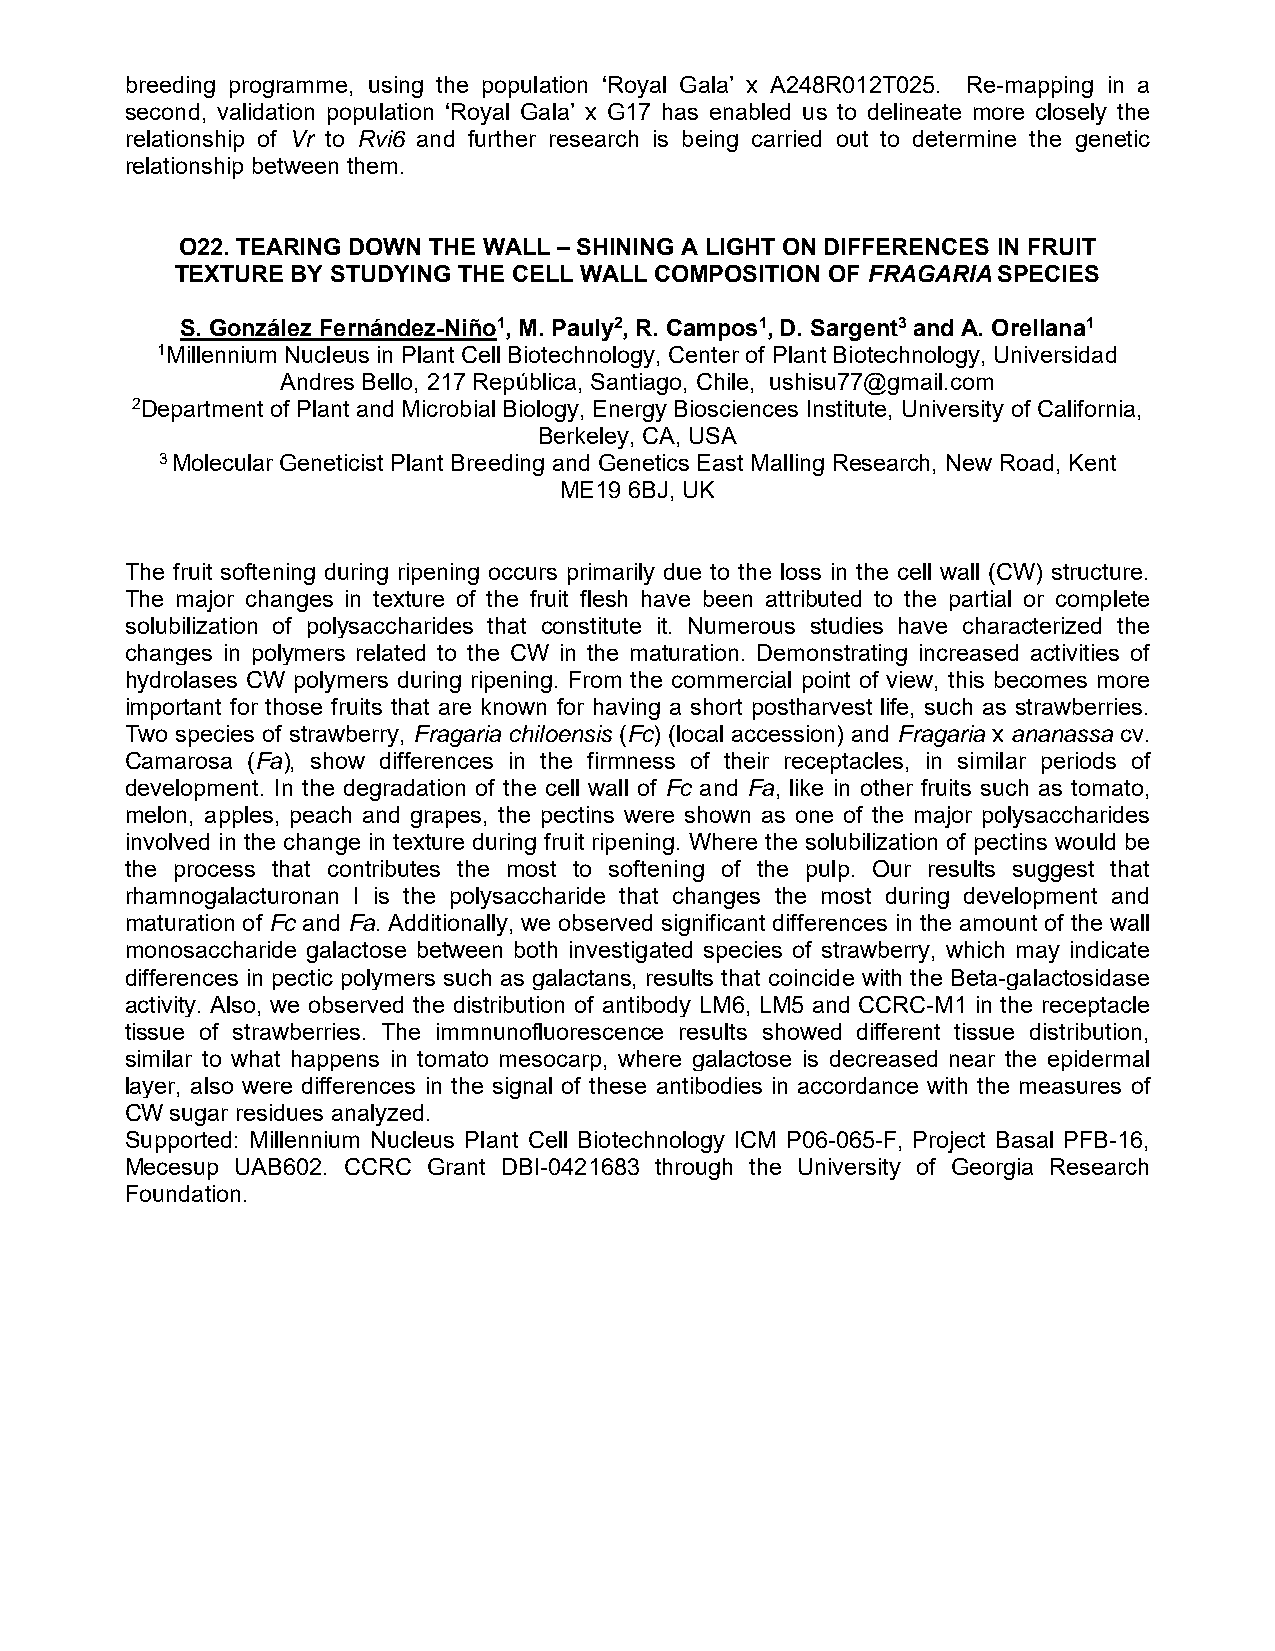
breeding programme, using the population ‘Royal Gala’ x A248R012T025. Re-mapping in a
 second, validation population ‘Royal Gala’ x G17 has enabled us to delineate more closely the
 relationship of Vr to Rvi6 and further research is being carried out to determine the genetic
 relationship between them.
 O22. TEARING DOWN THE WALL – SHINING A LIGHT ON DIFFERENCES IN FRUIT
 TEXTURE BY STUDYING THE CELL WALL COMPOSITION OF FRAGARIA SPECIES
 S. González Fernández-Niño1, M. Pauly2, R. Campos1, D. Sargent3 and A. Orellana1
 1Millennium Nucleus in Plant Cell Biotechnology, Center of Plant Biotechnology, Universidad
 Andres Bello, 217 República, Santiago, Chile, ushisu77@gmail.com
 2Department of Plant and Microbial Biology, Energy Biosciences Institute, University of California,
 Berkeley, CA, USA
 3 Molecular Geneticist Plant Breeding and Genetics East Malling Research, New Road, Kent
 ME19 6BJ, UK
 The fruit softening during ripening occurs primarily due to the loss in the cell wall (CW) structure.
 The major changes in texture of the fruit flesh have been attributed to the partial or complete
 solubilization of polysaccharides that constitute it. Numerous studies have characterized the
 changes in polymers related to the CW in the maturation. Demonstrating increased activities of
 hydrolases CW polymers during ripening. From the commercial point of view, this becomes more
 important for those fruits that are known for having a short postharvest life, such as strawberries.
 Two species of strawberry, Fragaria chiloensis (Fc) (local accession) and Fragaria x ananassa cv.
 Camarosa (Fa), show differences in the firmness of their receptacles, in similar periods of
 development. In the degradation of the cell wall of Fc and Fa, like in other fruits such as tomato,
 melon, apples, peach and grapes, the pectins were shown as one of the major polysaccharides
 involved in the change in texture during fruit ripening. Where the solubilization of pectins would be
 the process that contributes the most to softening of the pulp. Our results suggest that
 rhamnogalacturonan I is the polysaccharide that changes the most during development and
 maturation of Fc and Fa. Additionally, we observed significant differences in the amount of the wall
 monosaccharide galactose between both investigated species of strawberry, which may indicate
 differences in pectic polymers such as galactans, results that coincide with the Beta-galactosidase
 activity. Also, we observed the distribution of antibody LM6, LM5 and CCRC-M1 in the receptacle
 tissue of strawberries. The immnunofluorescence results showed different tissue distribution,
 similar to what happens in tomato mesocarp, where galactose is decreased near the epidermal
 layer, also were differences in the signal of these antibodies in accordance with the measures of
 CW sugar residues analyzed.
 Supported: Millennium Nucleus Plant Cell Biotechnology ICM P06-065-F, Project Basal PFB-16,
 Mecesup UAB602. CCRC Grant DBI-0421683 through the University of Georgia Research
 Foundation.